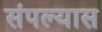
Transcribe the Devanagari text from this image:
संपल्यास